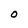
Character: O